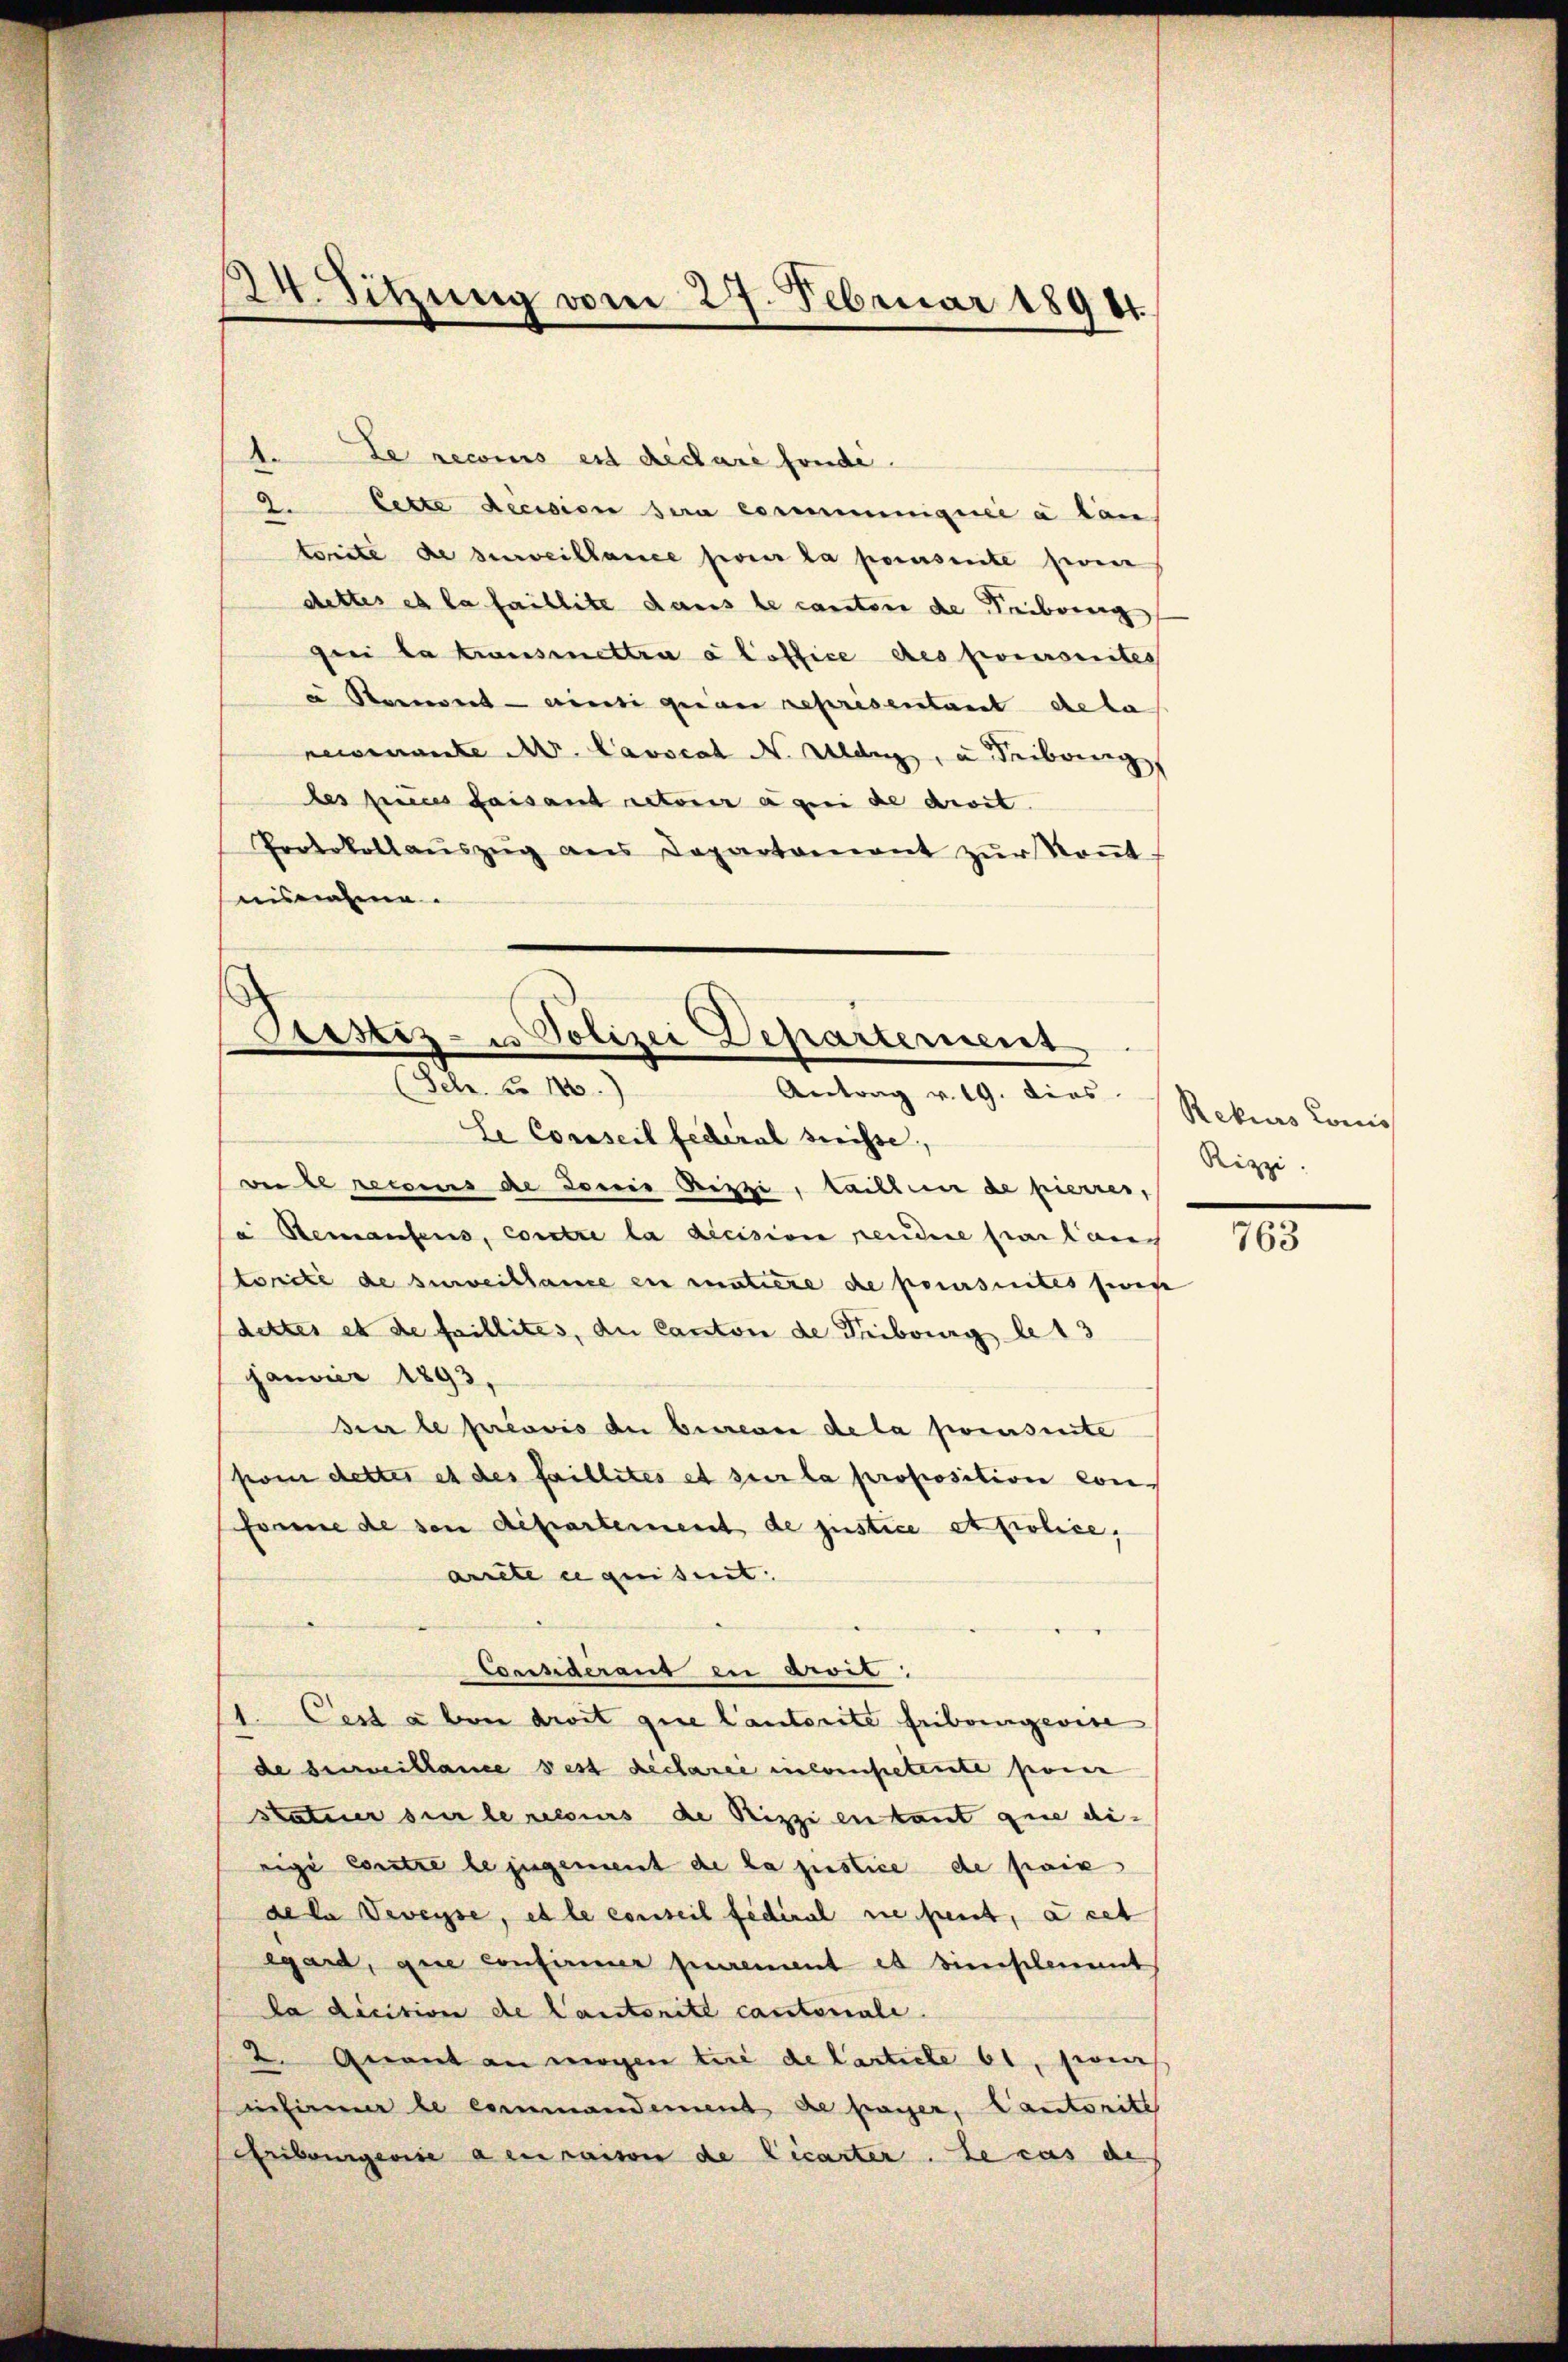
Se Conseil Federal dreisse,
ver le reconus de doris Gizzi, taillen de pierrer,
a Renaufens, contre la decision pendire par lach
tricte de surveillame en mutiere de poursuites zwis
dettes et de faillites, du Canton de Tribourg le 13
Januar 1893.
Heer le préavis du bureau de la pousinte
pom dettes et des faillités et sur la proposition con
fonne de son departement de justice etpolice,
arrete e quisit

Consideraus zu arvit
1. Cest aben droit que Cantorite Fribungewise
de Hermittance dest déclarii incompetente poin
Statuer sie le recours de Rizzi en tant que di-
rigi Contre le jugement de la justice de paix
de la Veveyse, et le conseil fédéral ne peut, à cet
egard, que confirmier nament et dieselement
da dicition de Cantonité cantonale.
2. Gerant an mögen tue de Carticle 61, Frei
infirmier le commandement de payer, Cantorité
Aribourgerie a en raison de Licarter. Le cas des

1. Le recons est declare fondi.
2. Cette decision sera communiquée a lan
torite de surveillance pour la parseite sein
chettes et la faillite dans le canton de Tribung
drei la transmettra a hoffice des poursuites
u Roment ainsi quan representant de la
neisenante M. Lavscat N. Ulang, u Tribung
les peines faisand acteur à qui de droit.
Protokollaŭszŭg ans Departament zŭr Soṅt
uisnahme.

224. Sitzung vom 27. Februar 18941.

¬
Arstiz- u Polizei Departement
Sehr. No 140.)
Antrag v. 19. dies Rekurs Comis

Rizzi.

763